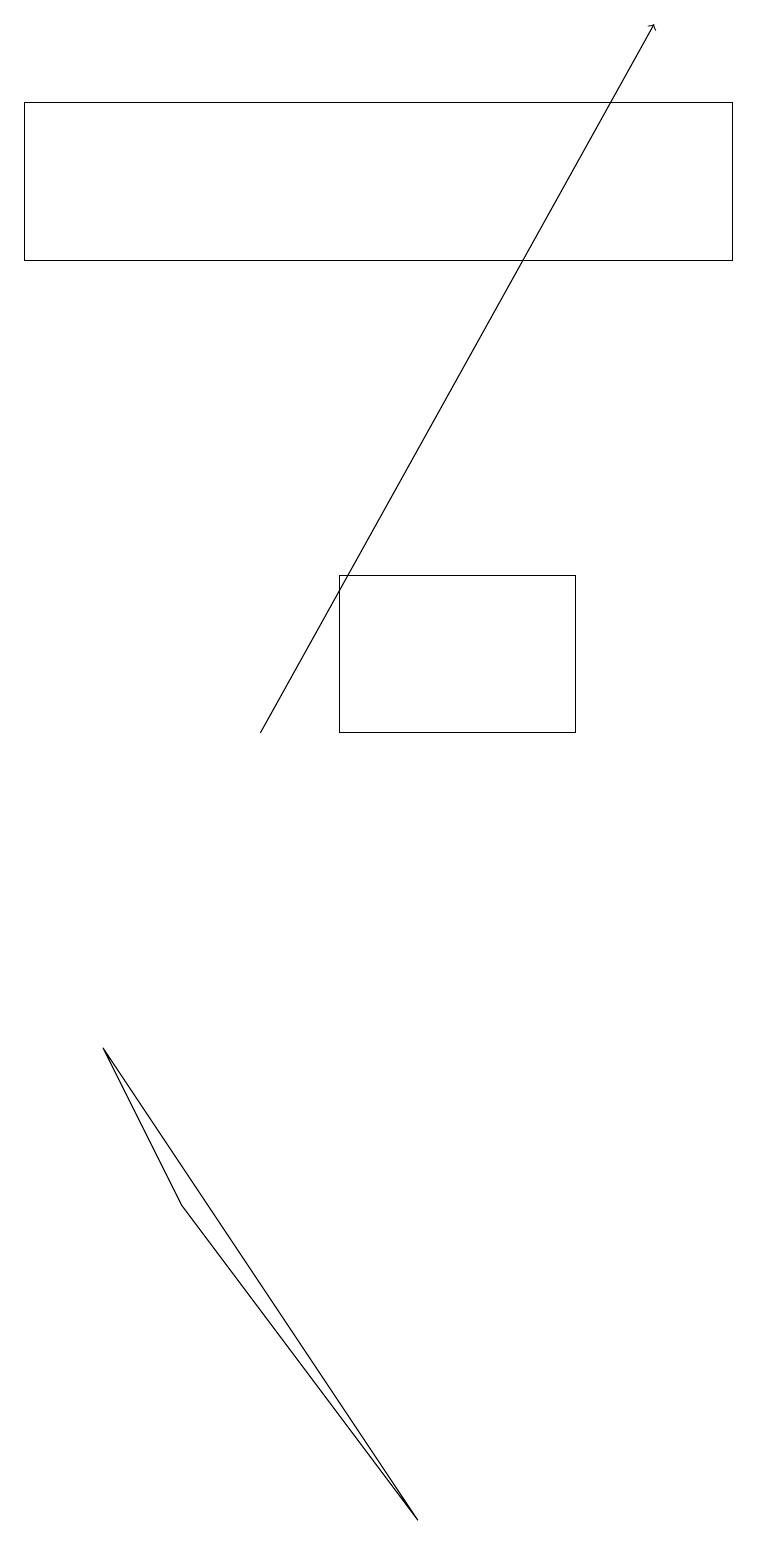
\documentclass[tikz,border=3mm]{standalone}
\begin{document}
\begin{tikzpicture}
\draw (0,18) rectangle (9,16);
\draw (1,6) -- (2,4) -- (5,0) -- cycle;
\draw (4,12) rectangle (7,10);
\draw[->] (3,10) -- (8,19);
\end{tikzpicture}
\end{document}